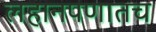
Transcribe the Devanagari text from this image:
लहानपणातच